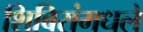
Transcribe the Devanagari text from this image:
शिबिरांमधले